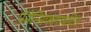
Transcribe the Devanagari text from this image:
पॅनेन्सिफलायटिस